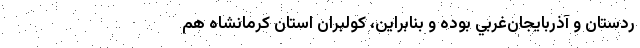
ردستان و آذربايجان‌غربي بوده و بنابراين، كولبران استان كرمانشاه هم